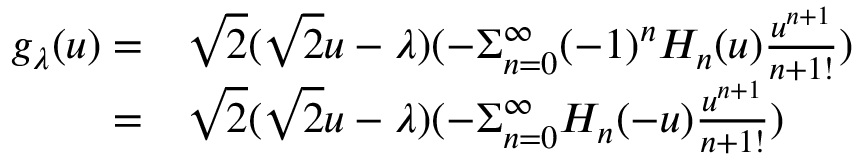
\begin{array} { r l } { g _ { \lambda } ( u ) = } & { \sqrt { 2 } ( \sqrt { 2 } u - \lambda ) ( - \Sigma _ { n = 0 } ^ { \infty } ( - 1 ) ^ { n } H _ { n } ( u ) \frac { u ^ { n + 1 } } { { n + 1 } ! } ) } \\ { = } & { \sqrt { 2 } ( \sqrt { 2 } u - \lambda ) ( - \Sigma _ { n = 0 } ^ { \infty } H _ { n } ( - u ) \frac { u ^ { n + 1 } } { { n + 1 } ! } ) } \end{array}